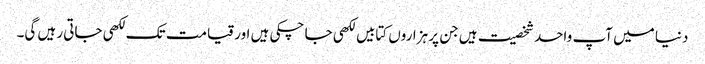
دنیا میں آپ واحد شخصیت ہیں جن پر ہزاروں کتابیں لکھی جا چکی ہیں اور قیامت تک لکھی جاتی رہیں گی۔